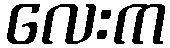
လေးက